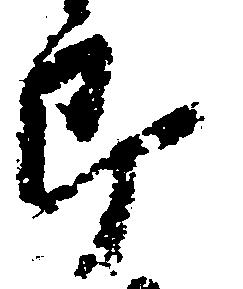
郎